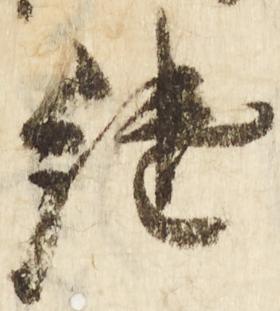
継